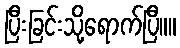
ပြီးခြင်းသို့ရောက်ပြီ။။